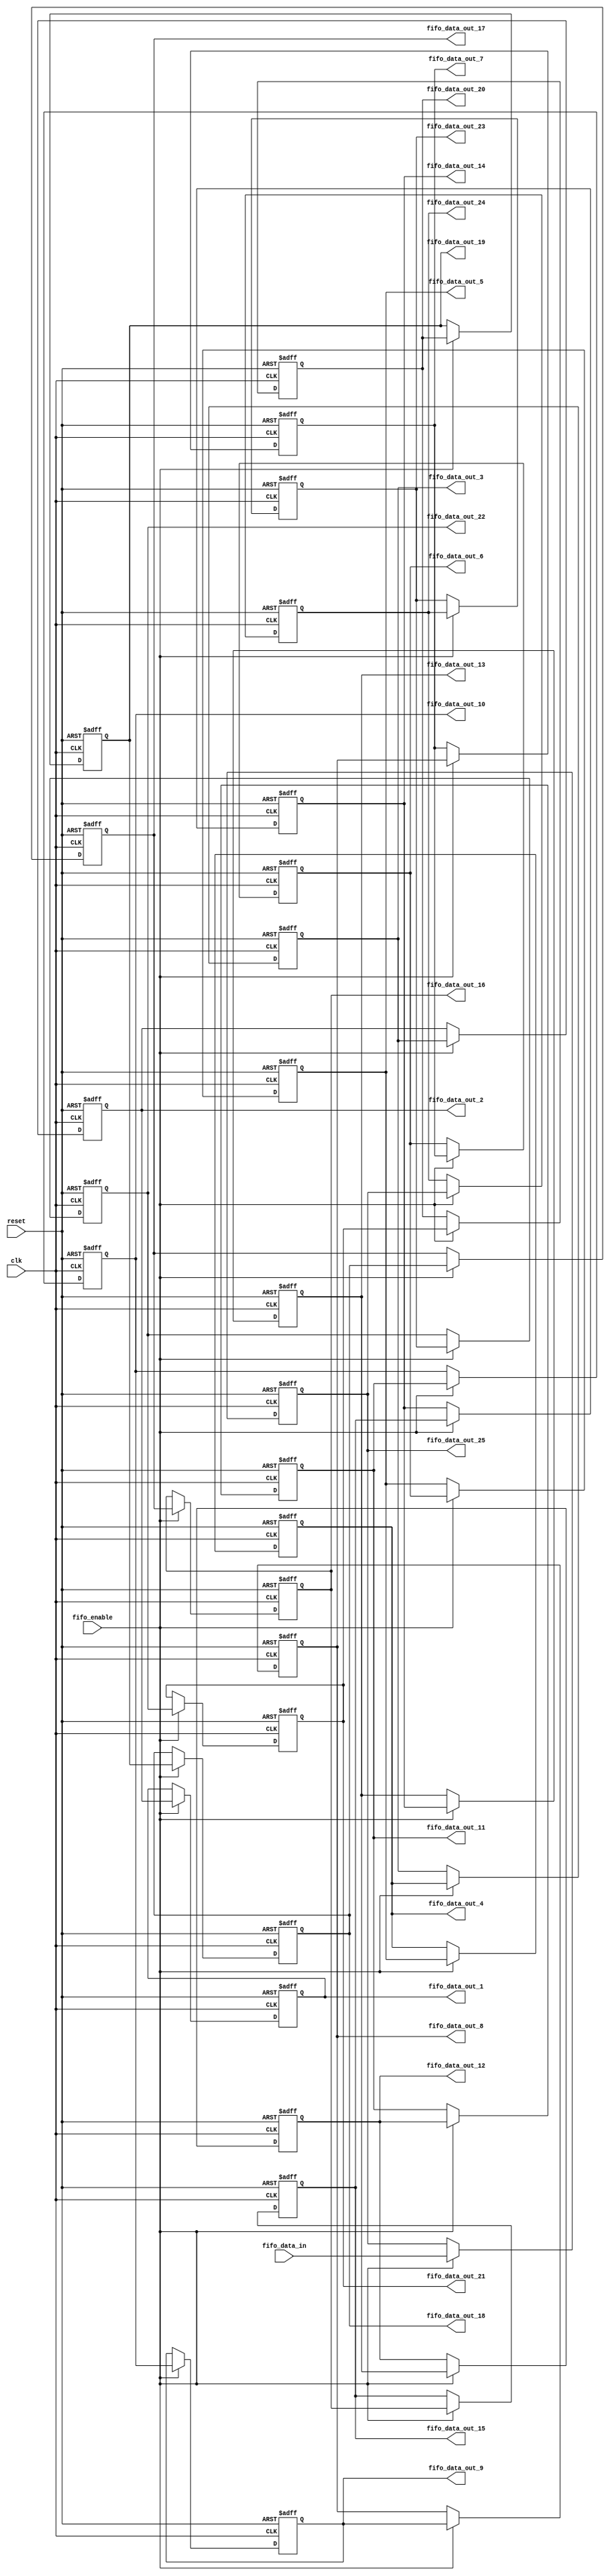
`timescale 1ns / 1ps


module 
 fo_fifo_25 #(parameter
	DATA_WIDTH = 32,
	REGS_NUM = 25
	)(
	input clk,
	input reset,
	output [DATA_WIDTH-1:0] fifo_data_out_1,
	output [DATA_WIDTH-1:0] fifo_data_out_2,
	output [DATA_WIDTH-1:0] fifo_data_out_3,
	output [DATA_WIDTH-1:0] fifo_data_out_4,
	output [DATA_WIDTH-1:0] fifo_data_out_5,
	output [DATA_WIDTH-1:0] fifo_data_out_6,
	output [DATA_WIDTH-1:0] fifo_data_out_7,
	output [DATA_WIDTH-1:0] fifo_data_out_8,
	output [DATA_WIDTH-1:0] fifo_data_out_9,
	output [DATA_WIDTH-1:0] fifo_data_out_10,
	output [DATA_WIDTH-1:0] fifo_data_out_11,
	output [DATA_WIDTH-1:0] fifo_data_out_12,
	output [DATA_WIDTH-1:0] fifo_data_out_13,
	output [DATA_WIDTH-1:0] fifo_data_out_14,
	output [DATA_WIDTH-1:0] fifo_data_out_15,
	output [DATA_WIDTH-1:0] fifo_data_out_16,
	output [DATA_WIDTH-1:0] fifo_data_out_17,
	output [DATA_WIDTH-1:0] fifo_data_out_18,
	output [DATA_WIDTH-1:0] fifo_data_out_19,
	output [DATA_WIDTH-1:0] fifo_data_out_20,
	output [DATA_WIDTH-1:0] fifo_data_out_21,
	output [DATA_WIDTH-1:0] fifo_data_out_22,
	output [DATA_WIDTH-1:0] fifo_data_out_23,
	output [DATA_WIDTH-1:0] fifo_data_out_24,
	output [DATA_WIDTH-1:0] fifo_data_out_25,
	input [DATA_WIDTH-1:0] fifo_data_in,
	input fifo_enable
	);

	reg	[DATA_WIDTH-1:0] FIFO  [REGS_NUM-1:0] ;
	always @ (posedge clk or posedge reset)
    begin
		if(reset)
		begin

			FIFO[0] <= {DATA_WIDTH{1'b0}};
			FIFO[1] <= {DATA_WIDTH{1'b0}};
			FIFO[2] <= {DATA_WIDTH{1'b0}};
			FIFO[3] <= {DATA_WIDTH{1'b0}};
			FIFO[4] <= {DATA_WIDTH{1'b0}};
			FIFO[5] <= {DATA_WIDTH{1'b0}};
			FIFO[6] <= {DATA_WIDTH{1'b0}};
			FIFO[7] <= {DATA_WIDTH{1'b0}};
			FIFO[8] <= {DATA_WIDTH{1'b0}};
			FIFO[9] <= {DATA_WIDTH{1'b0}};
			FIFO[10] <= {DATA_WIDTH{1'b0}};
			FIFO[11] <= {DATA_WIDTH{1'b0}};
			FIFO[12] <= {DATA_WIDTH{1'b0}};
			FIFO[13] <= {DATA_WIDTH{1'b0}};
			FIFO[14] <= {DATA_WIDTH{1'b0}};
			FIFO[15] <= {DATA_WIDTH{1'b0}};
			FIFO[16] <= {DATA_WIDTH{1'b0}};
			FIFO[17] <= {DATA_WIDTH{1'b0}};
			FIFO[18] <= {DATA_WIDTH{1'b0}};
			FIFO[19] <= {DATA_WIDTH{1'b0}};
			FIFO[20] <= {DATA_WIDTH{1'b0}};
			FIFO[21] <= {DATA_WIDTH{1'b0}};
			FIFO[22] <= {DATA_WIDTH{1'b0}};
			FIFO[23] <= {DATA_WIDTH{1'b0}};
			FIFO[24] <= {DATA_WIDTH{1'b0}};
		end
        else if(fifo_enable)
		begin
			FIFO[0] <= fifo_data_in;
			FIFO[1] <= FIFO[0];
			FIFO[2] <= FIFO[1];
			FIFO[3] <= FIFO[2];
			FIFO[4] <= FIFO[3];
			FIFO[5] <= FIFO[4];
			FIFO[6] <= FIFO[5];
			FIFO[7] <= FIFO[6];
			FIFO[8] <= FIFO[7];
			FIFO[9] <= FIFO[8];
			FIFO[10] <= FIFO[9];
			FIFO[11] <= FIFO[10];
			FIFO[12] <= FIFO[11];
			FIFO[13] <= FIFO[12];
			FIFO[14] <= FIFO[13];
			FIFO[15] <= FIFO[14];
			FIFO[16] <= FIFO[15];
			FIFO[17] <= FIFO[16];
			FIFO[18] <= FIFO[17];
			FIFO[19] <= FIFO[18];
			FIFO[20] <= FIFO[19];
			FIFO[21] <= FIFO[20];
			FIFO[22] <= FIFO[21];
			FIFO[23] <= FIFO[22];
			FIFO[24] <= FIFO[23];
		end
	end

	assign    fifo_data_out_1 = FIFO[24];
	assign    fifo_data_out_2 = FIFO[23];
	assign    fifo_data_out_3 = FIFO[22];
	assign    fifo_data_out_4 = FIFO[21];
	assign    fifo_data_out_5 = FIFO[20];
	assign    fifo_data_out_6 = FIFO[19];
	assign    fifo_data_out_7 = FIFO[18];
	assign    fifo_data_out_8 = FIFO[17];
	assign    fifo_data_out_9 = FIFO[16];
	assign    fifo_data_out_10 = FIFO[15];
	assign    fifo_data_out_11 = FIFO[14];
	assign    fifo_data_out_12 = FIFO[13];
	assign    fifo_data_out_13 = FIFO[12];
	assign    fifo_data_out_14 = FIFO[11];
	assign    fifo_data_out_15 = FIFO[10];
	assign    fifo_data_out_16 = FIFO[9];
	assign    fifo_data_out_17 = FIFO[8];
	assign    fifo_data_out_18 = FIFO[7];
	assign    fifo_data_out_19 = FIFO[6];
	assign    fifo_data_out_20 = FIFO[5];
	assign    fifo_data_out_21 = FIFO[4];
	assign    fifo_data_out_22 = FIFO[3];
	assign    fifo_data_out_23 = FIFO[2];
	assign    fifo_data_out_24 = FIFO[1];
	assign    fifo_data_out_25 = FIFO[0];
endmodule